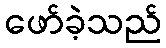
ဖော်ခဲ့သည်